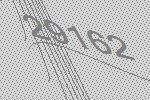
29162